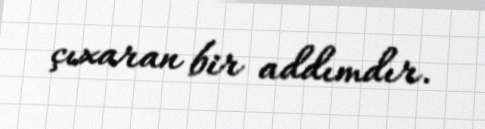
çıxaran bir addımdır.